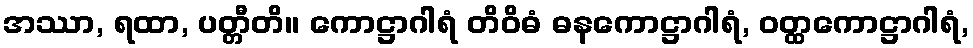
အဿာ, ရထာ, ပတ္တီတိ။ ကောဋ္ဌာဂါရံ တိဝိဓံ ဓနကောဋ္ဌာဂါရံ, ဝတ္ထကောဋ္ဌာဂါရံ,